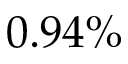
0 . 9 4 \%